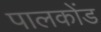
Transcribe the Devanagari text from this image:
पालकोंड